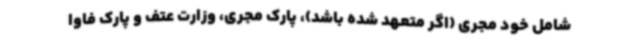
شامل خود مجری (اگر متعهد شده باشد)، پارک مجری، وزارت عتف و پارک فاوا